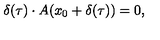
\delta ( \tau ) \cdot A ( x _ { 0 } + \delta ( \tau ) ) = 0 ,